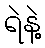
ရဲနဲ့